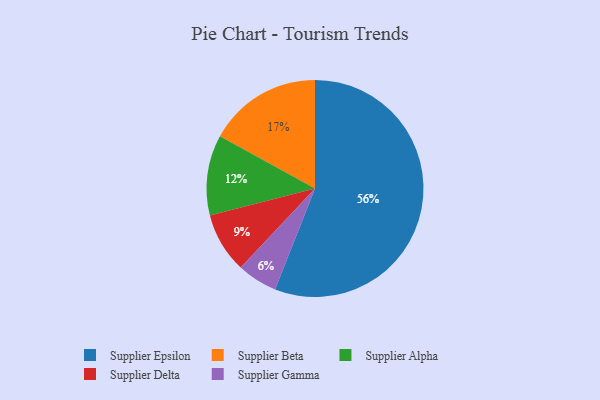
{"axis": {"x": "Category", "y": "Percentage"}, "legend": ["Supplier Alpha", "Supplier Beta", "Supplier Delta", "Supplier Epsilon", "Supplier Gamma"], "data": [{"x": "Supplier Epsilon", "y": 56, "type": "Supplier Epsilon"}, {"x": "Supplier Alpha", "y": 12, "type": "Supplier Alpha"}, {"x": "Supplier Gamma", "y": 6, "type": "Supplier Gamma"}, {"x": "Supplier Delta", "y": 9, "type": "Supplier Delta"}, {"x": "Supplier Beta", "y": 17, "type": "Supplier Beta"}]}